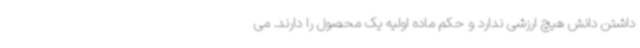
داشتن دانش هیچ ارزشی ندارد و حکم ماده اولیه یک محصول را دارند. می